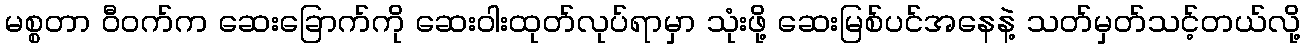
မစ္စတာ ဝီဝက်က ဆေးခြောက်ကို ဆေးဝါးထုတ်လုပ်ရာမှာ သုံးဖို့ ဆေးမြစ်ပင်အနေနဲ့ သတ်မှတ်သင့်တယ်လို့